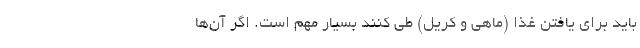
باید برای یافتن غذا (ماهی و کریل) طی کنند بسیار مهم است. اگر آن‌ها